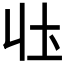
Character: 𭍼